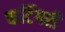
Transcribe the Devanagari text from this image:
कटिंगरी